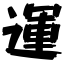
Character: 運